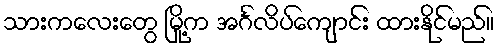
သားကလေးတွေ မြို့က အင်္ဂလိပ်ကျောင်း ထားနိုင်မည်။